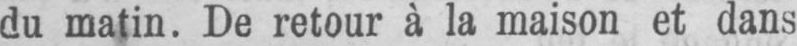
du matin. De retour à la maison et dans